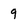
Character: 9